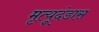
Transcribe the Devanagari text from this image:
मृत्यूदंडास